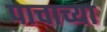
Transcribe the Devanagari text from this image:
पाचाच्या